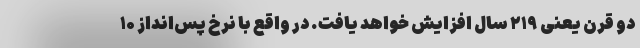
دو قرن یعنی ۲۱۹ سال افزایش خواهد یافت. در واقع با نرخ پس‌انداز ۱۰